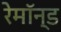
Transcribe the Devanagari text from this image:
रेमॉन्ड